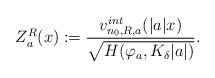
LaTeX: \begin{align*} Z_a^R(x):=\frac{v_{n_0,R,a}^{int} (|a|x)}{\sqrt{H(\varphi_a, K_\delta|a|)}}.\end{align*}